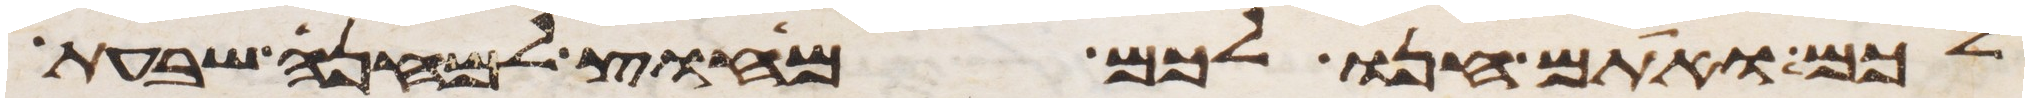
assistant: לכם ואתם חנו לכם מחוץ למחנה שבעת